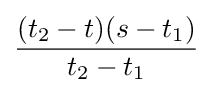
{\frac {(t_{2}-t)(s-t_{1})}{t_{2}-t_{1}}}